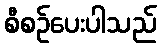
စီစဉ်ပေးပါသည်